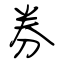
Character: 券